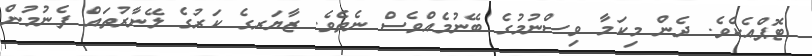
ޓޮޕްއެކެވެ. ދެން މިކަމާ ވިސްނުމުގެ ބޭނުމެއްވެސް ނެތެވެ. ޒާޔަރގެ ކަރުގެ ލޭނާރުތައް ފެނުމުން